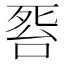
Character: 𱥎